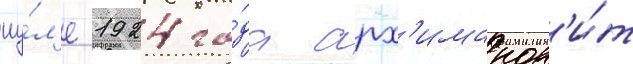
иу́л'е 1924 го́да арх'имандр'и́т